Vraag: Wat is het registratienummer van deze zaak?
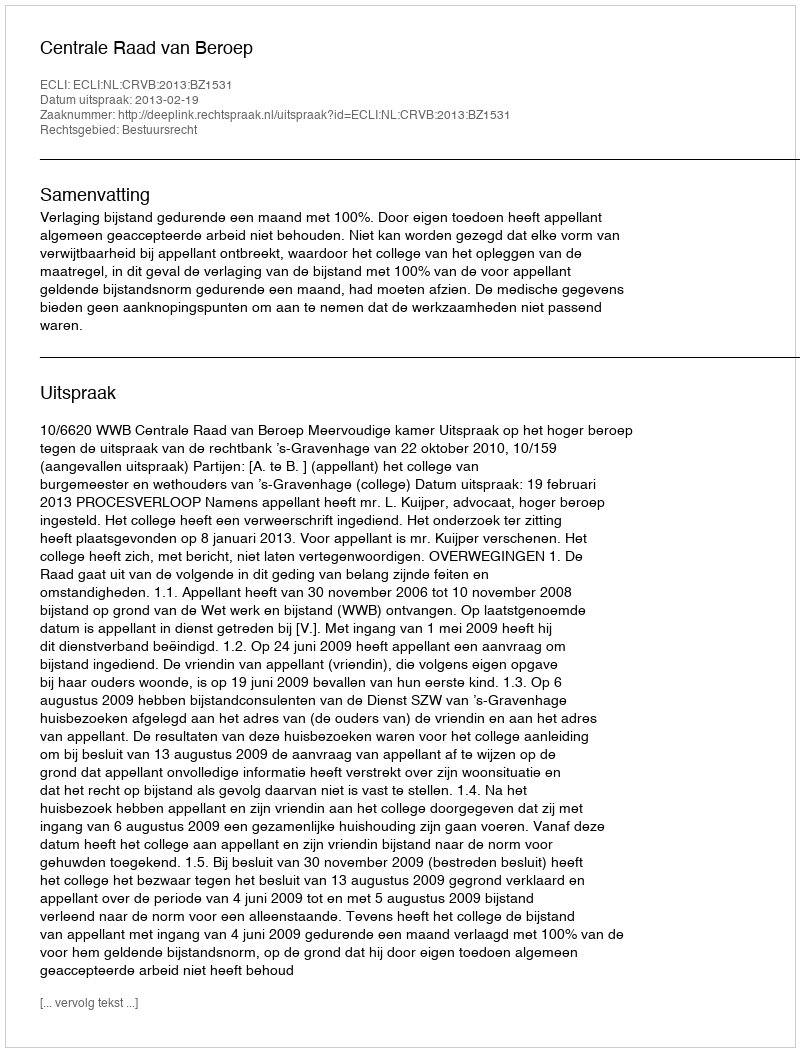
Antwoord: http://deeplink.rechtspraak.nl/uitspraak?id=ECLI:NL:CRVB:2013:BZ1531